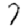
Digit: 7